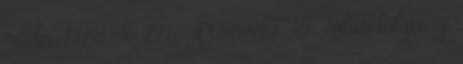
rádió. 1978 46 776 A Corvette 25. évfordulója; új,